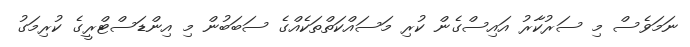
ނަމަވެސް މި ސަރުކާރު އައިސްގެން ކުރި މަސައްކަތްތަކެއްގެ ސަބަބުން މި އިންޑަސްޓްރީގެ ކުރިމަގު